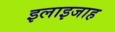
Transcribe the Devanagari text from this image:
इलाइजाह